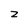
Character: Z